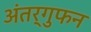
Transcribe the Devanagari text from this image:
अंतर्गुफन